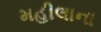
મહીલાના